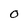
Character: O